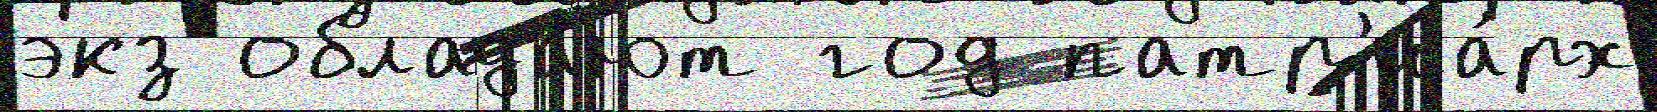
экз облада́ют год патр'иа́рх